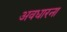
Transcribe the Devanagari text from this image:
अवधारना